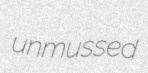
unmussed